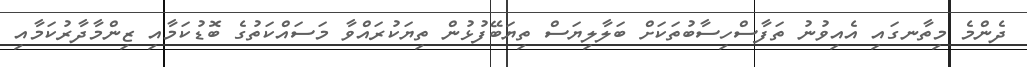
ދެންމެ މިތާނގައި އެއިވުނު ތަފާސްހިސާބުތަކަށް ބަލާލިޔަސް ތިޔަބޭފުޅުން ތިޔަކުރައްވާ މަސައްކަތުގެ ބޮޑުކަމާއި ޒިންމާދާރުކަމާއި